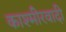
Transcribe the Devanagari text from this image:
काश्‍मीेरवादी